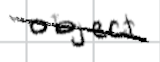
Text: object
Cross-out: diagonal
Writing tool: digital_black